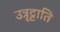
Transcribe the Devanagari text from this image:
उत्रृट्टाति